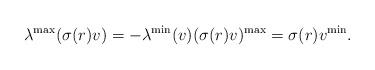
LaTeX: \begin{align*} \lambda^{\max}(\sigma(r)v)=-\lambda^{\min}(v) (\sigma(r)v)^{\max}=\sigma(r)v^{\min}. \end{align*}